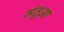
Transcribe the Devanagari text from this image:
मंतुआ